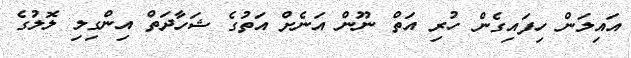
އައިލަން ހިފައިގެން ހުރި އަތް ނޫން އަނެށް އަތުގެ ޝަހާދަތް އިންގިލި ލޮލުގެ